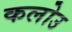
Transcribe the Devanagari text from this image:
कलोउ